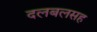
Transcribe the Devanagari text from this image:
दलबलसह